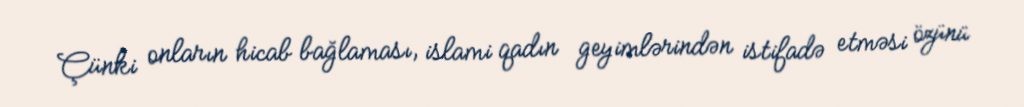
Çünki onların hicab bağlaması, islami qadın geyimlərindən istifadə etməsi özünü